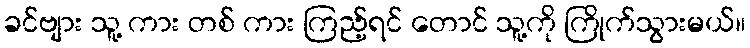
ခင်ဗျား သူ့ ကား တစ် ကား ကြည့်ရင် တောင် သူ့ကို ကြိုက်သွားမယ်။